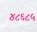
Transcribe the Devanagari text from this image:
४८६८५